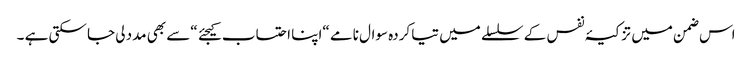
اس ضمن میں تزکیۂ نفس کے سلسلے میں تیا کردہ سوال نامے “اپنا احتساب کیجئے “سے بھی مدد لی جا سکتی ہے ۔